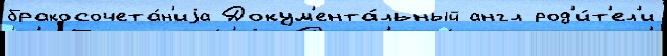
бракосочета́н'иjа Докум'ента́льный англ род'и́т'ел'и